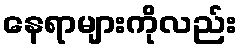
နေရာများကိုလည်း